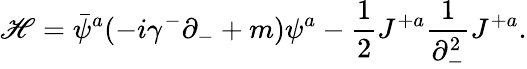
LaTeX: {\cal\mathscr{H}}=\bar{{\psi}}^{a}(-i\gamma^{-}\partial_{-}+m)\psi^{a}-{\frac{{1}}{{2}}}J^{+a}{\frac{{1}}{{\partial_{-}^{2}}}}J^{+a}.